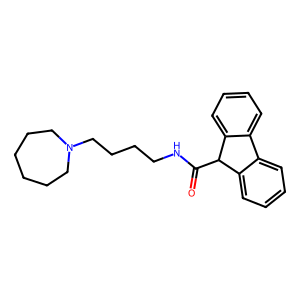
SMILES: O=C(NCCCCN1CCCCCC1)C1c2ccccc2-c2ccccc21
Inhibits HIV replication: No